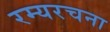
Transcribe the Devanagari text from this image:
रम्यरचना